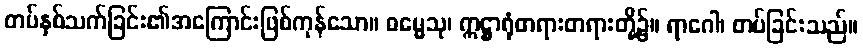
တပ်နှစ်သက်ခြင်း၏အကြောင်းဖြစ်ကုန်သော။ ဓမ္မေသု၊ ဣဋ္ဌာရုံတရားတရားတို့၌။ ရာဂေါ၊ တပ်ခြင်းသည်။